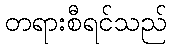
တရားစီရင်သည်